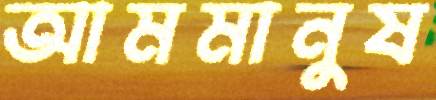
আমমানুষ